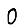
Digit: 0